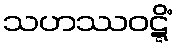
သဟဿဝဋ္ဋိံ